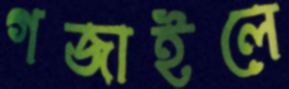
গজাইলে